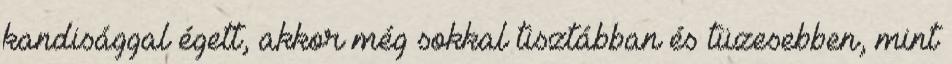
kandisággal égett, akkor még sokkal tisztábban és tüzesebben, mint